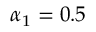
\alpha _ { 1 } = 0 . 5